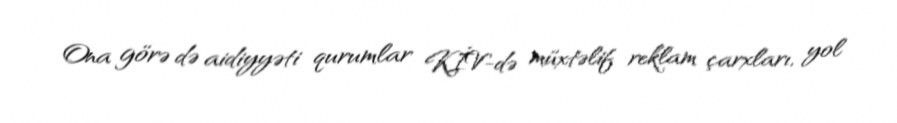
Ona görə də aidiyyəti qurumlar KİV-də müxtəlif reklam çarxları, yol